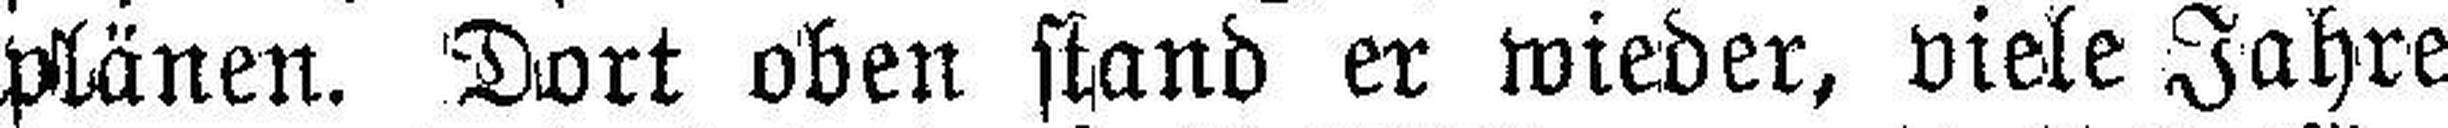
plänen. Dort oben stand er wieder, viele Jahre